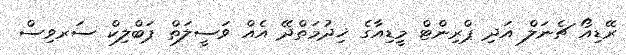
ރޭޑިއޯ ޗެނަލް އަދި ޕްރިންޓް މީޑިއާގެ ޚިދުމަތްދޭ އެއް ވަސީލަތް ޕަބްލިކް ސަރވިސް